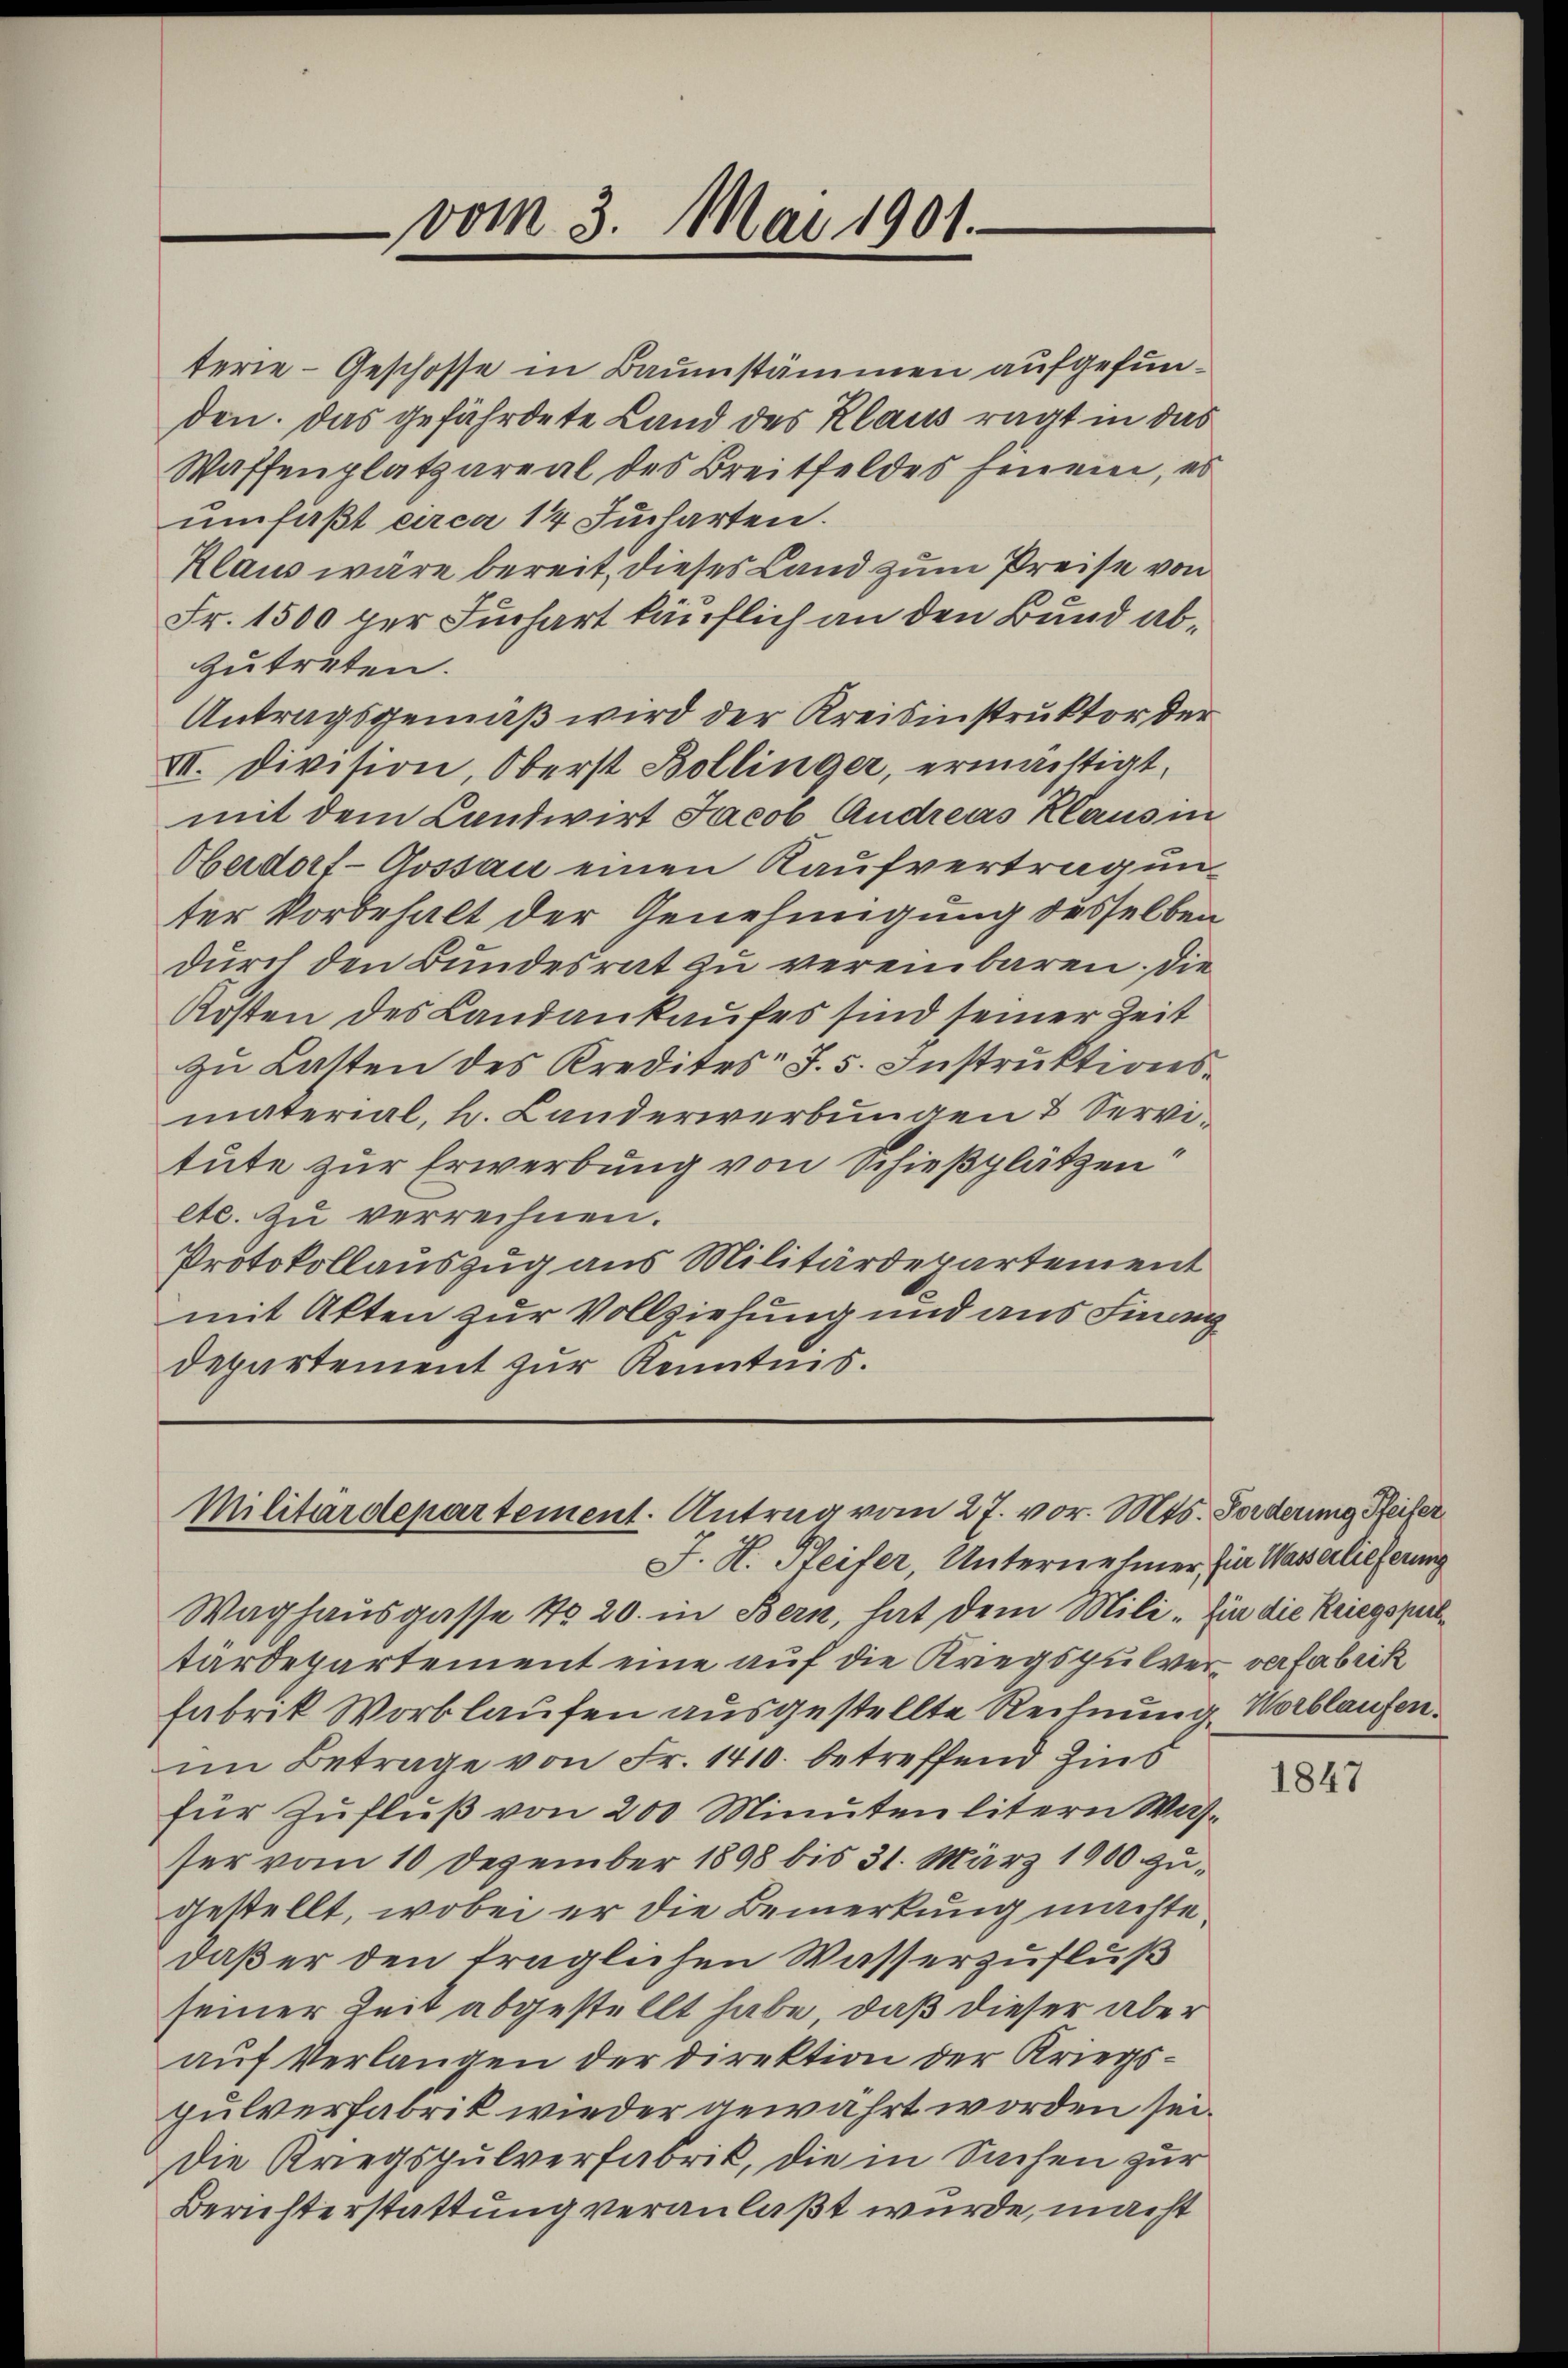
vom 3. Mai 1901.

Militärdepartement. Antrag vom 27. vor. Mts. Forderung Pfeifer

terie-Geschosse in Baumstämmen aufgefunden. Das gefährdete Land des Klaus ragt in das
Waffenplatzareal des Breitfeldes hinein, es
umfaßt circa 14 Jucharten.
Klaus wäre bereit, dieses Land zum Preise von
Fr. 1500 per Juchart käuflich an den Bund abzutreten.
Antragsgemäß wird der Kreisinstruktor der
VII. Division, Oberst Bollinger, ermächtigt,
mit dem Landwirt Jacob Andreas Klaus i
Oberdorf-Gossau einen Kaufvertragunter Vorbehalt der Genehmigung desselben
durch den Bundesrat zu vereinbaren. Die
Kosten des Landankaufes sind seiner Zeit
zu Lasten des Kredites J. 5. Instruktionsmaterial, k. Landerwerbungen & Servitute zur Erwerbung von Schießplätzen
etc. zu verrechnen.
Protokollauszug aus Militärdepartement
mit Akten zur Vollziehung und aus Finanz
Departement zur Kenntnis.

J. H. Pfeifer, Unternehmer, hier Wasserlieferung
Waghausgasse No 20. in Bern, hat dem Mili. Ein die Kriegspieltärdepartement eine auf die Kriegspulver verfabrik
Fabrik Wortlaufen ausgestellte Rechnung, Worblaufen.
im Betrage von Fr. 1410. betreffend Zins
für Zufluß von 200 Minuten litern Wasser vom 10 Dezember 1898 bis 31. März 1900 zugestellt, wobei er die Bemerkung machte.
daß er den träglichen Wasserzufluß
seiner Zeit abgestellt habe, daß dieser aber
auf Verlangen der Direktion der Kriegshulverfabrik wieder gewahrt worden sei.
Die Kriegspulverfabrik, die in Sachen zur
Berichterstattung veranlaßt wurde, macht

1847